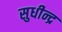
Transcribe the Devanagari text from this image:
सुधीन्द्र